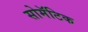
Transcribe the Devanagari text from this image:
सोमॅटिक